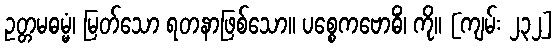
ဥတ္တမဓမ္မံ၊ မြတ်သော ရတနာဖြစ်သော။ ပစ္စေကဗောဓိံ၊ ကို။ [ကျမ်း ၂၃၂]